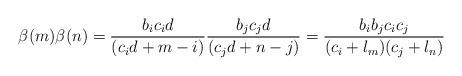
LaTeX: \begin{align*}\beta(m)\beta(n)&=\frac{b_ic_id}{(c_id+m-i)}\frac{b_jc_jd}{(c_jd+n-j)}=\frac{b_ib_jc_ic_j}{(c_i+l_m)(c_j+l_n)}\end{align*}